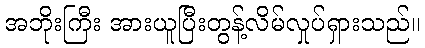
အဘိုးကြီး အားယူပြီးတွန့်လိမ်လှုပ်ရှားသည်။